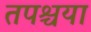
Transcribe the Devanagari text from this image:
तपश्चया